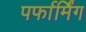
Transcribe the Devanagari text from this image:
पर्फार्मिंग